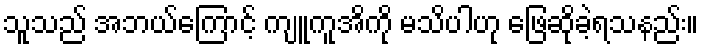
သူသည် အဘယ်ကြောင့် ကျူကူအိကို မသိပါဟု ဖြေဆိုခဲ့ရသနည်း။